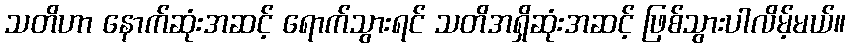
သတိဟာ နောက်ဆုံးအဆင့် ရောက်သွားရင် သတိအရှိဆုံးအဆင့် ဖြစ်သွားပါလိမ့်မယ်။